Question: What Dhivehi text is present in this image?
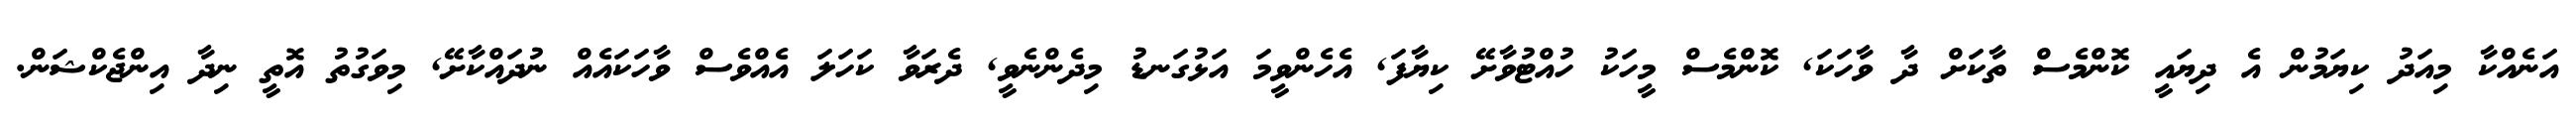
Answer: އަނެއްކާ މިއަދު ކިޔަމުން އެ ދިޔައީ ކޮންމެސް ތާކަށް ދާ ވާހަކަ, ކޮންމެސް މީހަކު ހުއްޓުވާށޭ ކިޔާފަ, އެހެންވީމަ އަޅުގަނޑު މިދެންނެވީ, ދެރަވާ ކަހަލަ އެއްވެސް ވާހަކައެއް ނުދައްކާށޭ, މިވަގުތު އޮތީ ނިދާ އިންޖެކްޝަން.